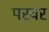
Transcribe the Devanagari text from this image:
परवर